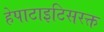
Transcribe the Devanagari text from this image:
हेपाटाइटिसरक्त